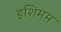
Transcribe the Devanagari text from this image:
इशिमम